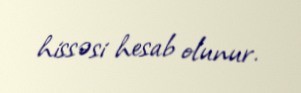
hissəsi hesab olunur.